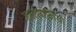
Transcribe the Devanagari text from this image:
काम्पानिया